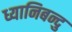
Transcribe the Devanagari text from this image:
ध्यानिबन्दु